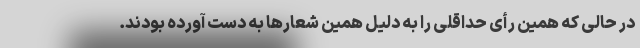
در حالی که همین رأی حداقلی را به دلیل همین شعارها به دست آورده بودند.